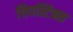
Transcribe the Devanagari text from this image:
चिपस्टिक्स